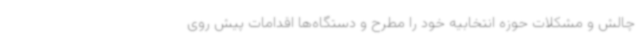
چالش و مشکلات حوزه انتخابیه خود را مطرح و دستگاه‌ها اقدامات پیش روی